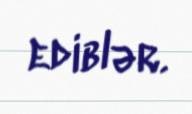
ediblər.